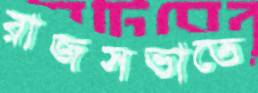
রাজসভাতে